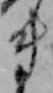
き